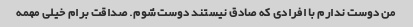
من دوست ندارم با افرادی که صادق نیستند دوست شوم. صداقت برام خیلی مهمه